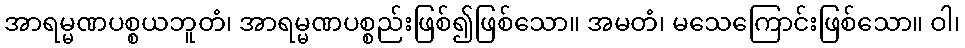
အာရမ္မဏပစ္စယဘူတံ၊ အာရမ္မဏပစ္စည်းဖြစ်၍ဖြစ်သော။ အမတံ၊ မသေကြောင်းဖြစ်သော။ ဝါ၊